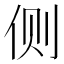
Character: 侧